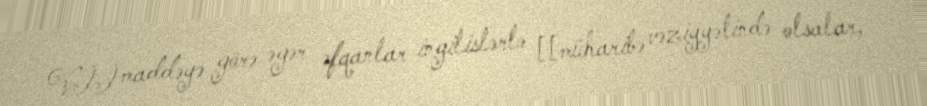
VII maddəyə görə əgər əfqanlar ingilislərlə [[müharibə vəziyyətində olsalar,